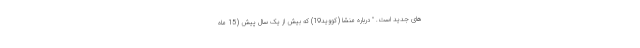
های جدید است. " درباره منشا (کووید19) که بیش از یک سال پیش (15 ماه